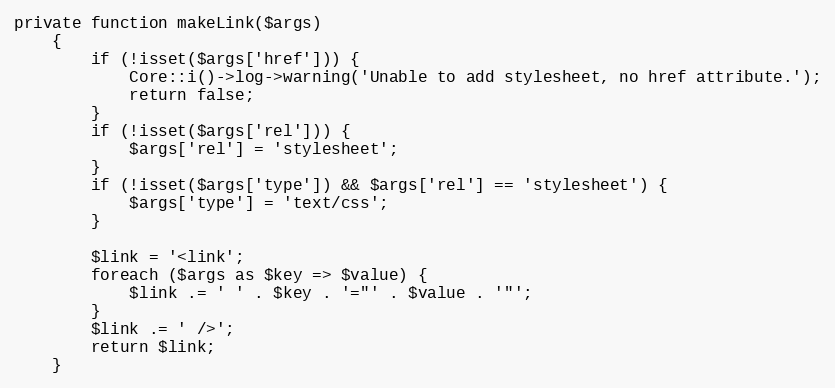
Language: PHP
private function makeLink($args)
    {
        if (!isset($args['href'])) {
            Core::i()->log->warning('Unable to add stylesheet, no href attribute.');
            return false;
        }
        if (!isset($args['rel'])) {
            $args['rel'] = 'stylesheet';
        }
        if (!isset($args['type']) && $args['rel'] == 'stylesheet') {
            $args['type'] = 'text/css';
        }

        $link = '<link';
        foreach ($args as $key => $value) {
            $link .= ' ' . $key . '="' . $value . '"';
        }
        $link .= ' />';
        return $link;
    }